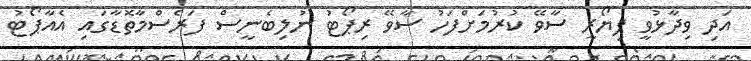
އަދި ވިދާޅުވީ ފިޔޯރީ ސާވޭ ކުރުމަށްފަހު ސާވޭ ރިޕޯޓު ނުލިބެނީސް ފަރެސްމާތޮޑާގައި އެއާޕޯޓު